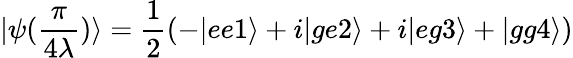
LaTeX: |\psi(\frac{\pi}{4\lambda})\rangle=\frac{1}{2}(-|ee1\rangle+i|ge2\rangle+i|eg3\rangle+|gg4\rangle)